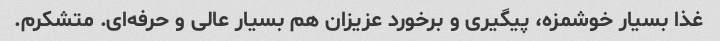
غذا بسیار خوشمزه، پیگیری و برخورد عزیزان هم بسیار عالی و حرفه‌ای. متشکرم.